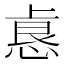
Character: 𫠺